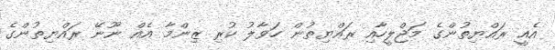
އެއީ ރައްޔިތުންގެ މަޖްލީހާއި ރައްޔިތުން ހަވާލު ކުރި ޒިންމާ އެއް ނޫނޭ ރައްޔިތުންގެ